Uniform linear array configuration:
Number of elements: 4
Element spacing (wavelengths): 0.75
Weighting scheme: cosine
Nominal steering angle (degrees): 15
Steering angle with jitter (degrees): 15.133
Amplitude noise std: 0.05
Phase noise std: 0.05

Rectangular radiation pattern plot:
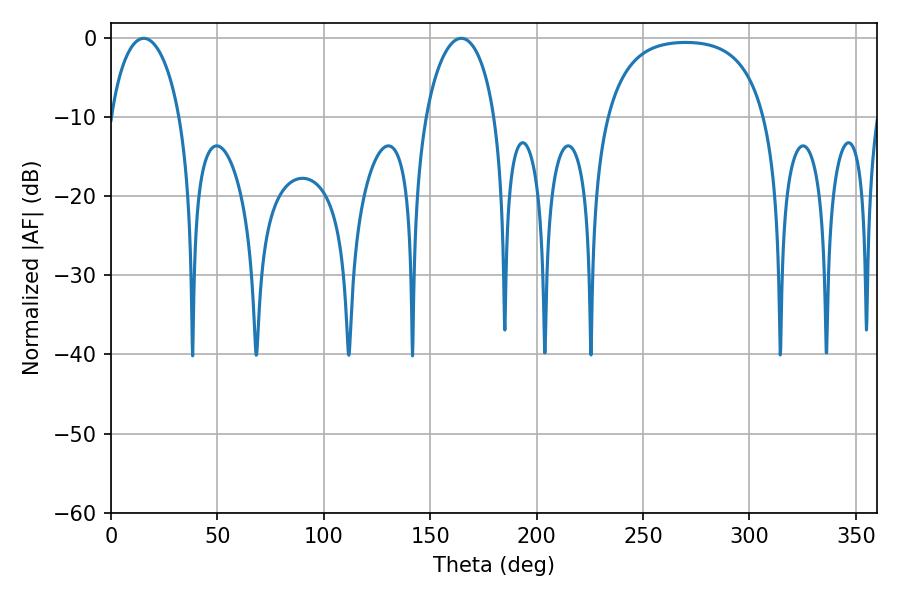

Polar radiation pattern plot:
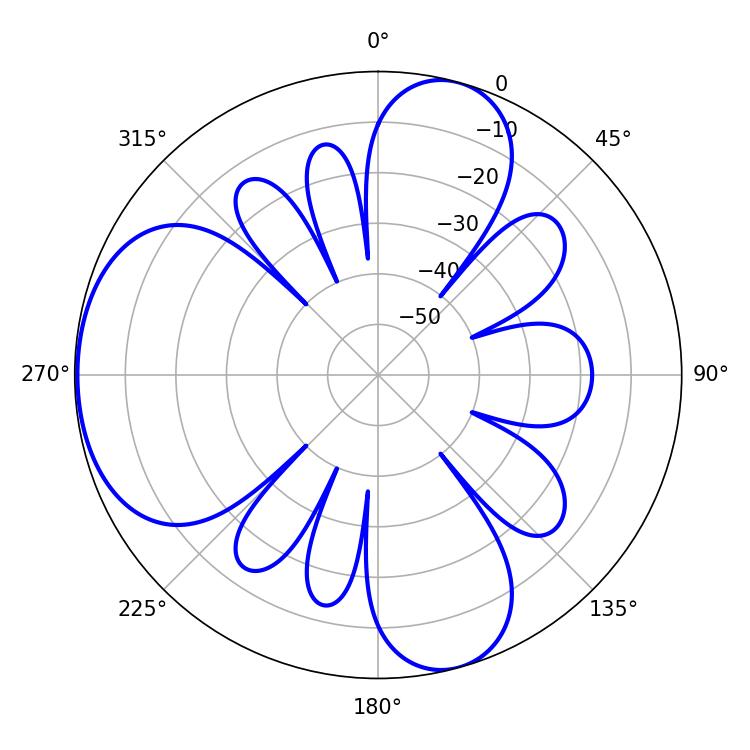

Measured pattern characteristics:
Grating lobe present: TRUE
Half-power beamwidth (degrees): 18.72
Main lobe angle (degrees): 15.48